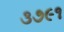
૩૭૯૧